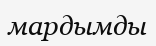
мардымды